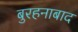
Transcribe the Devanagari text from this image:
बुरहनाबाद